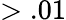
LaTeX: >.01